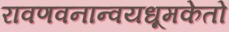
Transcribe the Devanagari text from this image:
रावणवनान्वयधूमकेतो